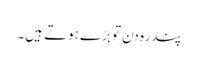
پندرہ دن تو بڑے ہوتے ہیں۔